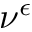
\nu ^ { \epsilon }